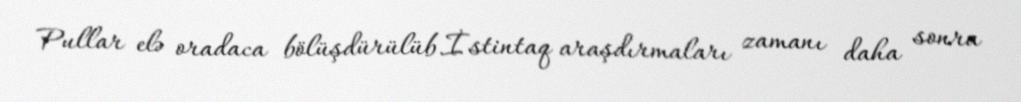
Pullar elə oradaca bölüşdürülüb.İstintaq araşdırmaları zamanı daha sonra